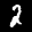
Label: 2